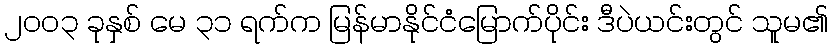
၂၀၀၃ ခုနှစ် မေ ၃၁ ရက်က မြန်မာနိုင်ငံမြောက်ပိုင်း ဒီပဲယင်းတွင် သူမ၏